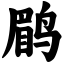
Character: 鹛